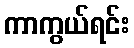
ကာကွယ်ရင်း